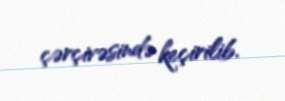
çərçivəsində keçirilib.